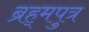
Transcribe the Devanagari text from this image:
ब्रह्‌मपुत्र